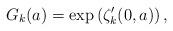
LaTeX: \begin{align*}G_k(a)=\exp\left( {\zeta_k'(0,a)} \right),\end{align*}